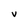
Character: V